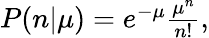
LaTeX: \begin{array}{r}{P(n|\mu)=e^{-\mu}\frac{\mu^{n}}{n!},}\end{array}